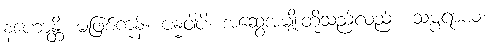
နဟောန္တိ၊ မဖြစ်ကုန်။ ဗန္ဓဝါပိ၊ အဆွေအမျိုးတို့သည်လည်း။ သမ္ပရာယ၊